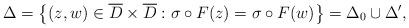
LaTeX: \begin{align*}\Delta=\bigl\{(z,w)\in \overline D\times \overline D: \sigma\circ F(z)=\sigma\circ F(w)\bigr\}= \Delta_0\cup \Delta', \end{align*}